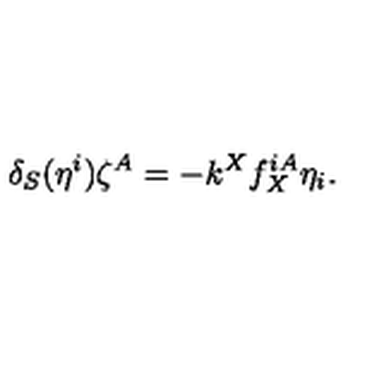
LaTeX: \delta _ { S } ( \eta ^ { i } ) \zeta ^ { A } = - k ^ { X } f _ { X } ^ { i A } \eta _ { i } .